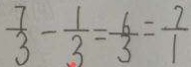
\frac { 7 } { 3 } - \frac { 1 } { 3 } = \frac { 6 } { 3 } = \frac { 7 } { 1 }